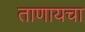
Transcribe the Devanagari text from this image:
ताणायचा